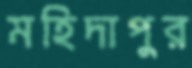
মহিদাপুর